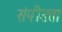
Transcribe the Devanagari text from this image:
संपीडता